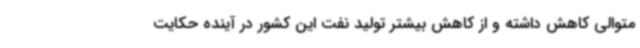
متوالی کاهش داشته و از کاهش بیشتر تولید نفت این کشور در آینده حکایت